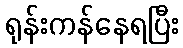
ရုန်းကန်နေရပြီး